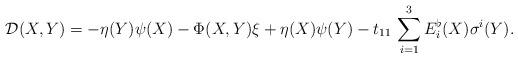
LaTeX: \begin{align*}\mathcal{D}(X,Y)=-\eta(Y)\psi(X)-\Phi(X,Y)\xi+\eta(X)\psi(Y)-t_{11}\, \sum_{i=1}^{3}E_{i}^{\flat}(X)\sigma^{i}(Y).\end{align*}